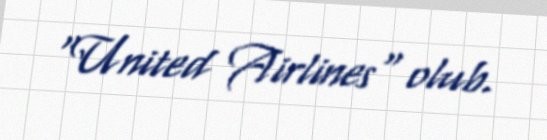
"United Airlines" olub.